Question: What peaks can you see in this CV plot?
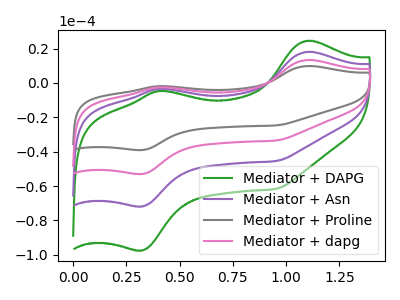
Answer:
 <answer>The green curve "Mediator + DAPG" has anodic peaks at (1.10V, 24.50uA) (0.40V, -4.60uA) and cathodic peaks at (0.30V, -97.40uA) (0.95V, -61.60uA). The purple curve "Mediator + Asn" has anodic peaks at (1.10V, 18.10uA) (0.40V, -3.40uA) and cathodic peaks at (0.30V, -71.80uA) (0.95V, -45.40uA). The gray curve "Mediator + Proline" has anodic peaks at (1.10V, 54.25uA) (0.40V, -10.25uA) and cathodic peaks at (0.30V, -215.45uA) (0.95V, -136.25uA). The pink curve "Mediator + dapg" has anodic peaks at (1.10V, 36.15uA) (0.40V, -6.80uA) and cathodic peaks at (0.30V, -143.65uA) (0.95V, -90.80uA).</answer>
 <eval></eval>